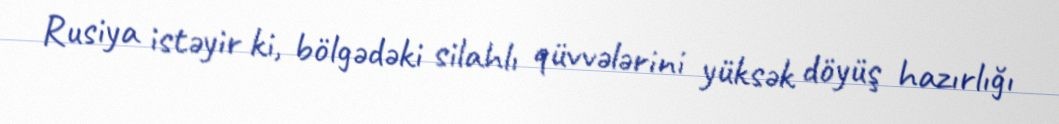
Rusiya istəyir ki, bölgədəki silahlı qüvvələrini yüksək döyüş hazırlığı